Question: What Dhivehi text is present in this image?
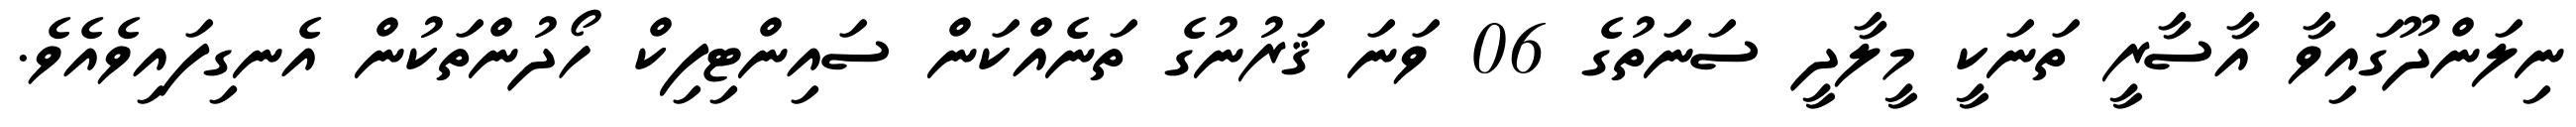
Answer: ނިލަންދޫގައިވާ އާސާރީ ތަނަކީ މީލާދީ ސަނަތުގެ 06 ވަނަ ޤަރުނުގެ ތަނެއްކަން ސައިންޓިފިކް ހޯދުންތަކުން އެނގިފައިވެއެވެ.